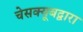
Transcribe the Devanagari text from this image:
चेसक्यूबद्वारा